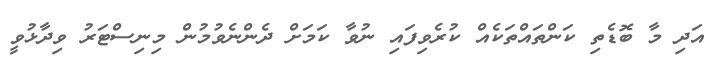
އަދި މާ ބޮޑެތި ކަންތައްތަކެއް ކުރެވިފައި ނުވާ ކަމަށް ދެންނެވުމުން މިނިސްޓަރު ވިދާޅުވީ